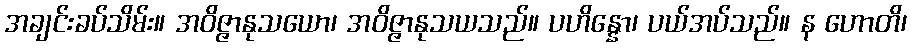
အချင်းခပ်သိမ်း။ အဝိဇ္ဇာနုသယော၊ အဝိဇ္ဇာနုသယသည်။ ပဟိန္နော၊ ပယ်အပ်သည်။ န ဟောတိ၊